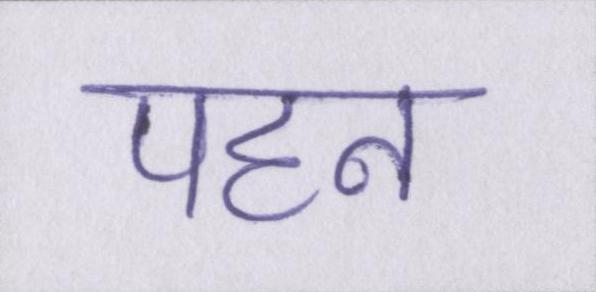
पहन